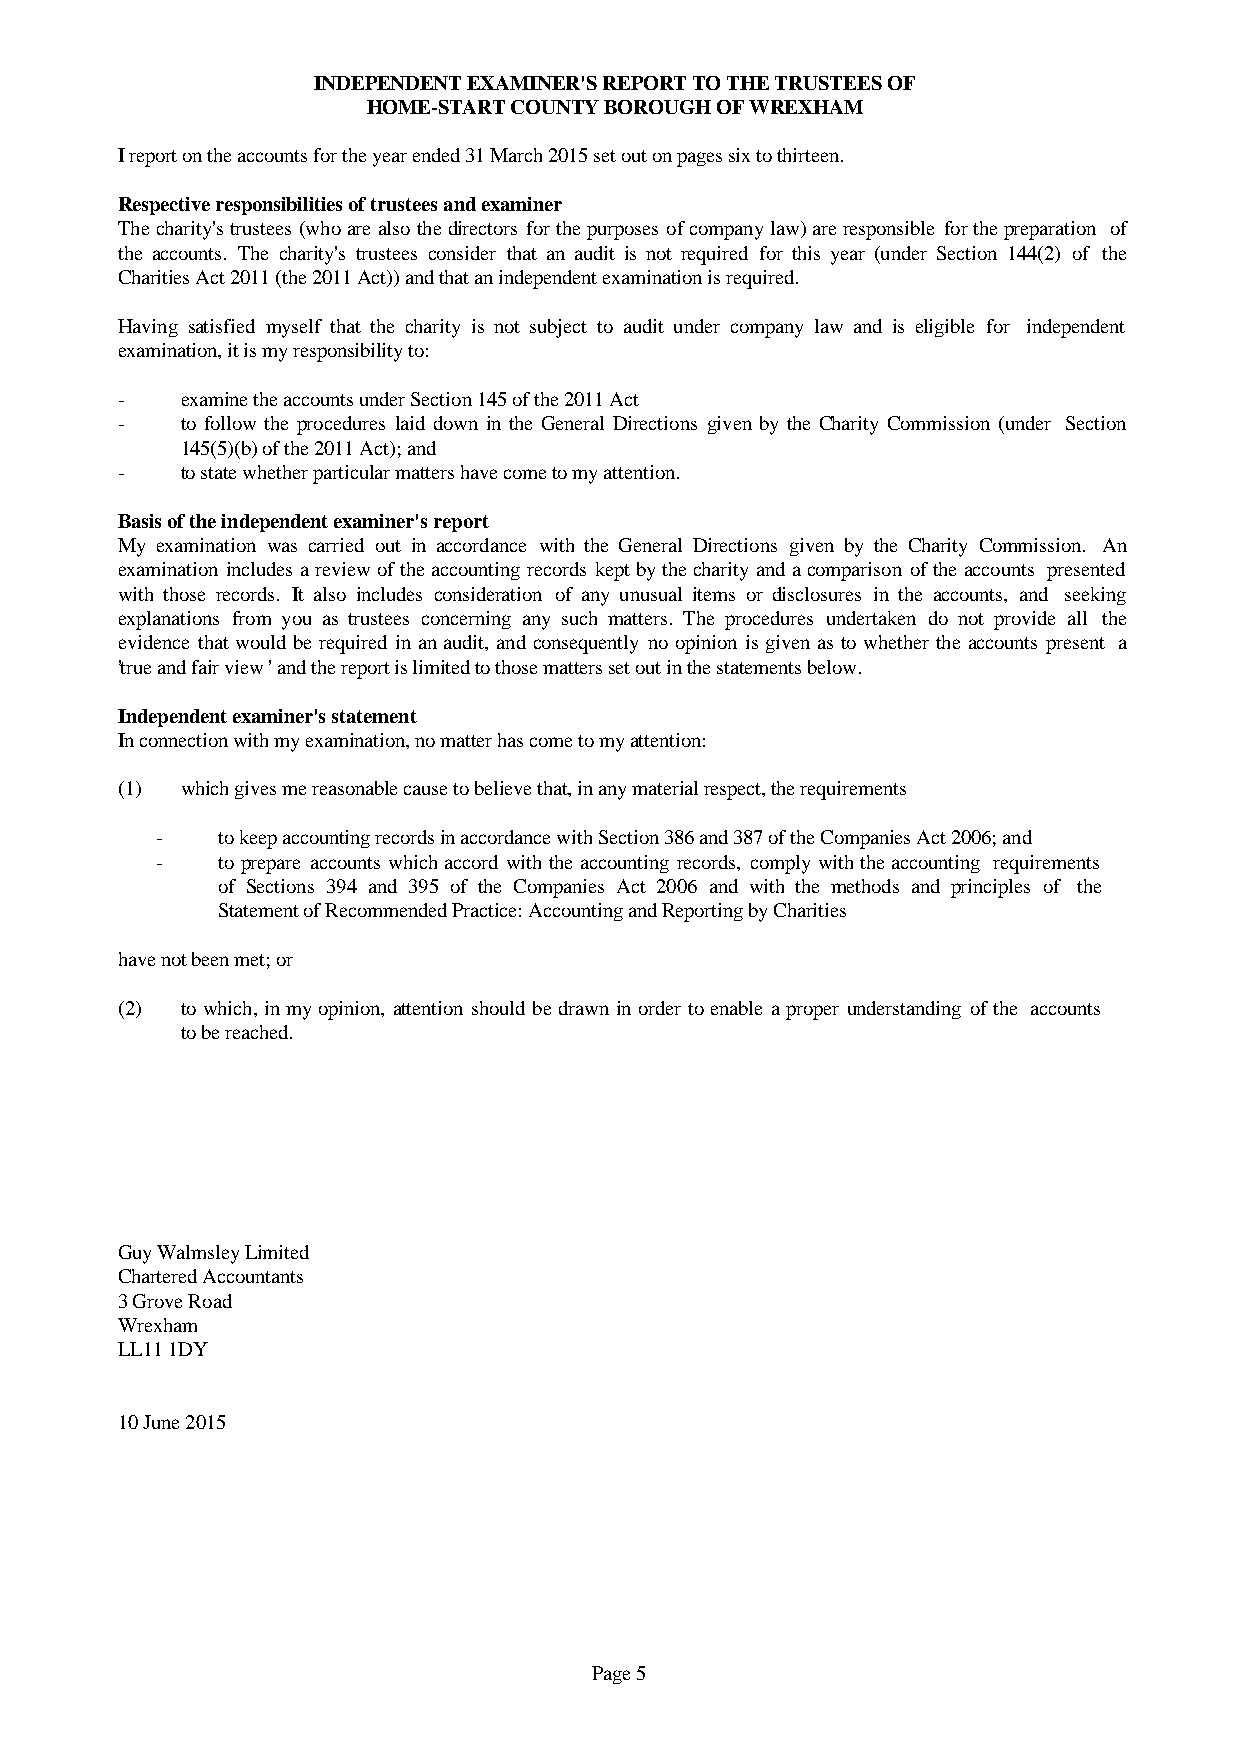
INDEPENDENT EXAMINER'S REPORT TO THE TRUSTEES OF
 HOME-START COUNTY BOROUGH OF WREXHAM
 I report on the accounts for the year ended 31 March 2015 set out on pages six to thirteen.
 Respective responsibilities of trustees and examiner
 Thecharity'strustees(whoarealsothedirectorsforthepurposesofcompanylaw)areresponsibleforthepreparation of
 the accounts. The charity's trustees consider that an audit is not required for this year (under Section 144(2) of the
 Charities Act 2011 (the 2011 Act)) and that an independent examination is required.
 Having satisfied myself that the charity is not subject to audit under company law and is eligible for independent
 examination, it is my responsibility to:
 -   examine the accounts under Section 145 of the 2011 Act
 -   to follow the procedures laid down in the General Directions given by the Charity Commission(under Section
 145(5)(b) of the 2011 Act); and
 -   to state whether particular matters have come to my attention.
 Basis of the independent examiner's report
 My examination was carried out in accordance with the General Directions given by the Charity Commission. An
 examinationincludesareviewoftheaccountingrecords keptbythecharityandacomparisonoftheaccounts presented
 with those records. It also includes consideration of any unusual items or disclosures in the accounts, and seeking
 explanations from you as trustees concerning any such matters. The procedures undertaken do not provide all the
 evidence thatwouldbe required inan audit, and consequentlyno opinion is givenas to whethertheaccounts present a
 'true and fair view ' and the report is limited to those matters set out in the statements below.
 Independent examiner's statement
 In connection with my examination, no matter has come to my attention:
 (1) which gives me reasonable cause to believe that, in any material respect, the requirements
 -   to keep accounting records in accordance with Section 386 and 387 of the Companies Act 2006; and
 -   to prepare accountswhichaccord withtheaccountingrecords, complywiththeaccounting requirements
 of Sections 394 and 395 of the Companies Act 2006 and with the methods and principles of the
 Statement of Recommended Practice: Accounting and Reporting by Charities
 have not been met; or
 (2) towhich,inmyopinion,attentionshouldbe drawninorder toenableaproper understandingofthe accounts
 to be reached.
 Guy Walmsley Limited
 Chartered Accountants
 3 Grove Road
 Wrexham
 LL11 1DY
 10 June 2015
 Page 5